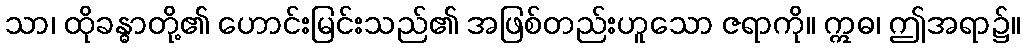
သာ၊ ထိုခန္ဓာတို့၏ ဟောင်းမြင်းသည်၏ အဖြစ်တည်းဟူသော ဇရာကို။ ဣဓ၊ ဤအရာ၌။